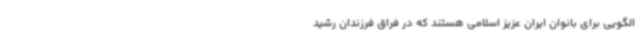
الگویی برای بانوان ایران عزیز اسلامی هستند که در فراق فرزندان رشید